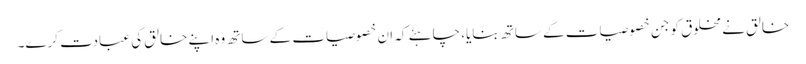
خالق نے مخلوق کو جن خصوصیات کے ساتھ بنایا، چاہئے کہ ان خصوصیات کے ساتھ وہ اپنے خالق کی عبادت کرے۔